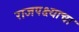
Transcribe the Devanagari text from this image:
राजपक्ष्याचा